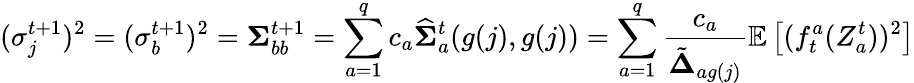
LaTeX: (\sigma_{j}^{t+1})^{2}=(\sigma_{b}^{t+1})^{2}=\boldsymbol{\Sigma}_{bb}^{t+1}=\sum_{a=1}^{q}c_{a}\widehat{\boldsymbol{\Sigma}}_{a}^{t}(g(j),g(j))=\sum_{a=1}^{q}\frac{c_{a}}{\tilde{\boldsymbol{\Delta}}_{ag(j)}}\mathbb{E}\left[(f_{t}^{a}(Z_{a}^{t}))^{2}\right]